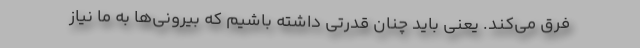
فرق می‌کند. یعنی باید چنان قدرتی داشته باشیم که بیرونی‌ها به ما نیاز